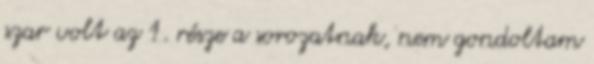
szar volt az 1. része a sorozatnak, nem gondoltam